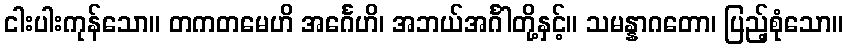
ငါးပါးကုန်သော။ တကတမေဟိ အင်္ဂေဟိ၊ အဘယ်အင်္ဂါတို့နှင့်။ သမန္နာဂတော၊ ပြည့်စုံသော။